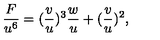
\frac { F } { u ^ { 6 } } = ( \frac { v } { u } ) ^ { 3 } \frac { w } { u } + ( \frac { v } { u } ) ^ { 2 } ,